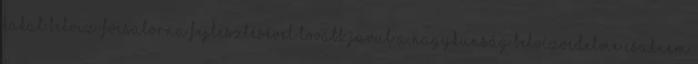
Kakat belvíz-fõcsatorna fejlesztésével tovább javul a Nagykunság belvízvédelme Csaknem